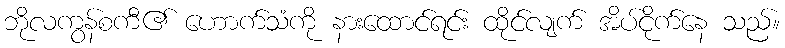
ဘိုလကွန်စကီ၏ ဟောက်သံကို နားထောင်ရင်း ထိုင်လျက် အိပ်ငိုက်နေ သည်။